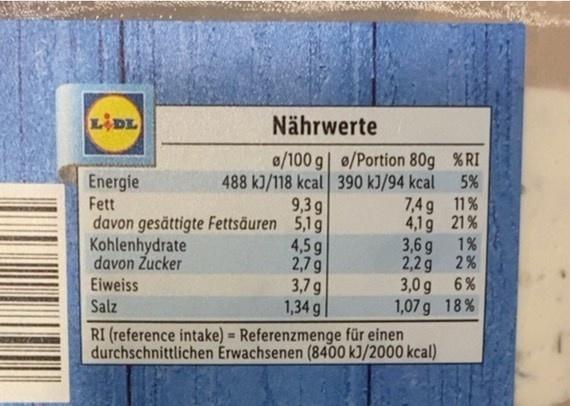
LIDL
Nährwerte
0/100 g| 0/Portion 80g %RI
Energie Fett davon gesättigte Fettsäuren 5,1g Kohlenhydrate davon Zucker Eiweiss Salz
488 kJ/118 kcal 390 kJ/94 kcal 7,4g 11% 4,1g 21% 3,6 g 1% 2,2g 2 % 3,0 g 6% 1,07 g 18%
5%
9,3 g
4,5 g 2,79 3,7 g 1,34 g
RI (reference intake) = Referenzmenge für einen durchschnittlichen Érwachsenen (8400 kJ/2000 kcal)